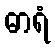
ဓာရံ